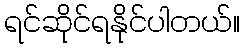
ရင်ဆိုင်ရနိုင်ပါတယ်။